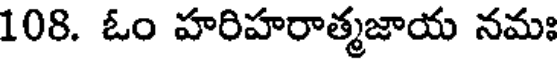
108. ఓం హరిహరాత్మజాయ నమః